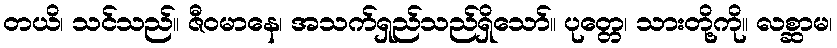
တယိ၊ သင်သည်။ ဇီဝမာနေ၊ အသက်ရှည်သည်ရှိသော်။ ပုတ္တေ၊ သားတို့ကို။ လစ္ဆာမ၊